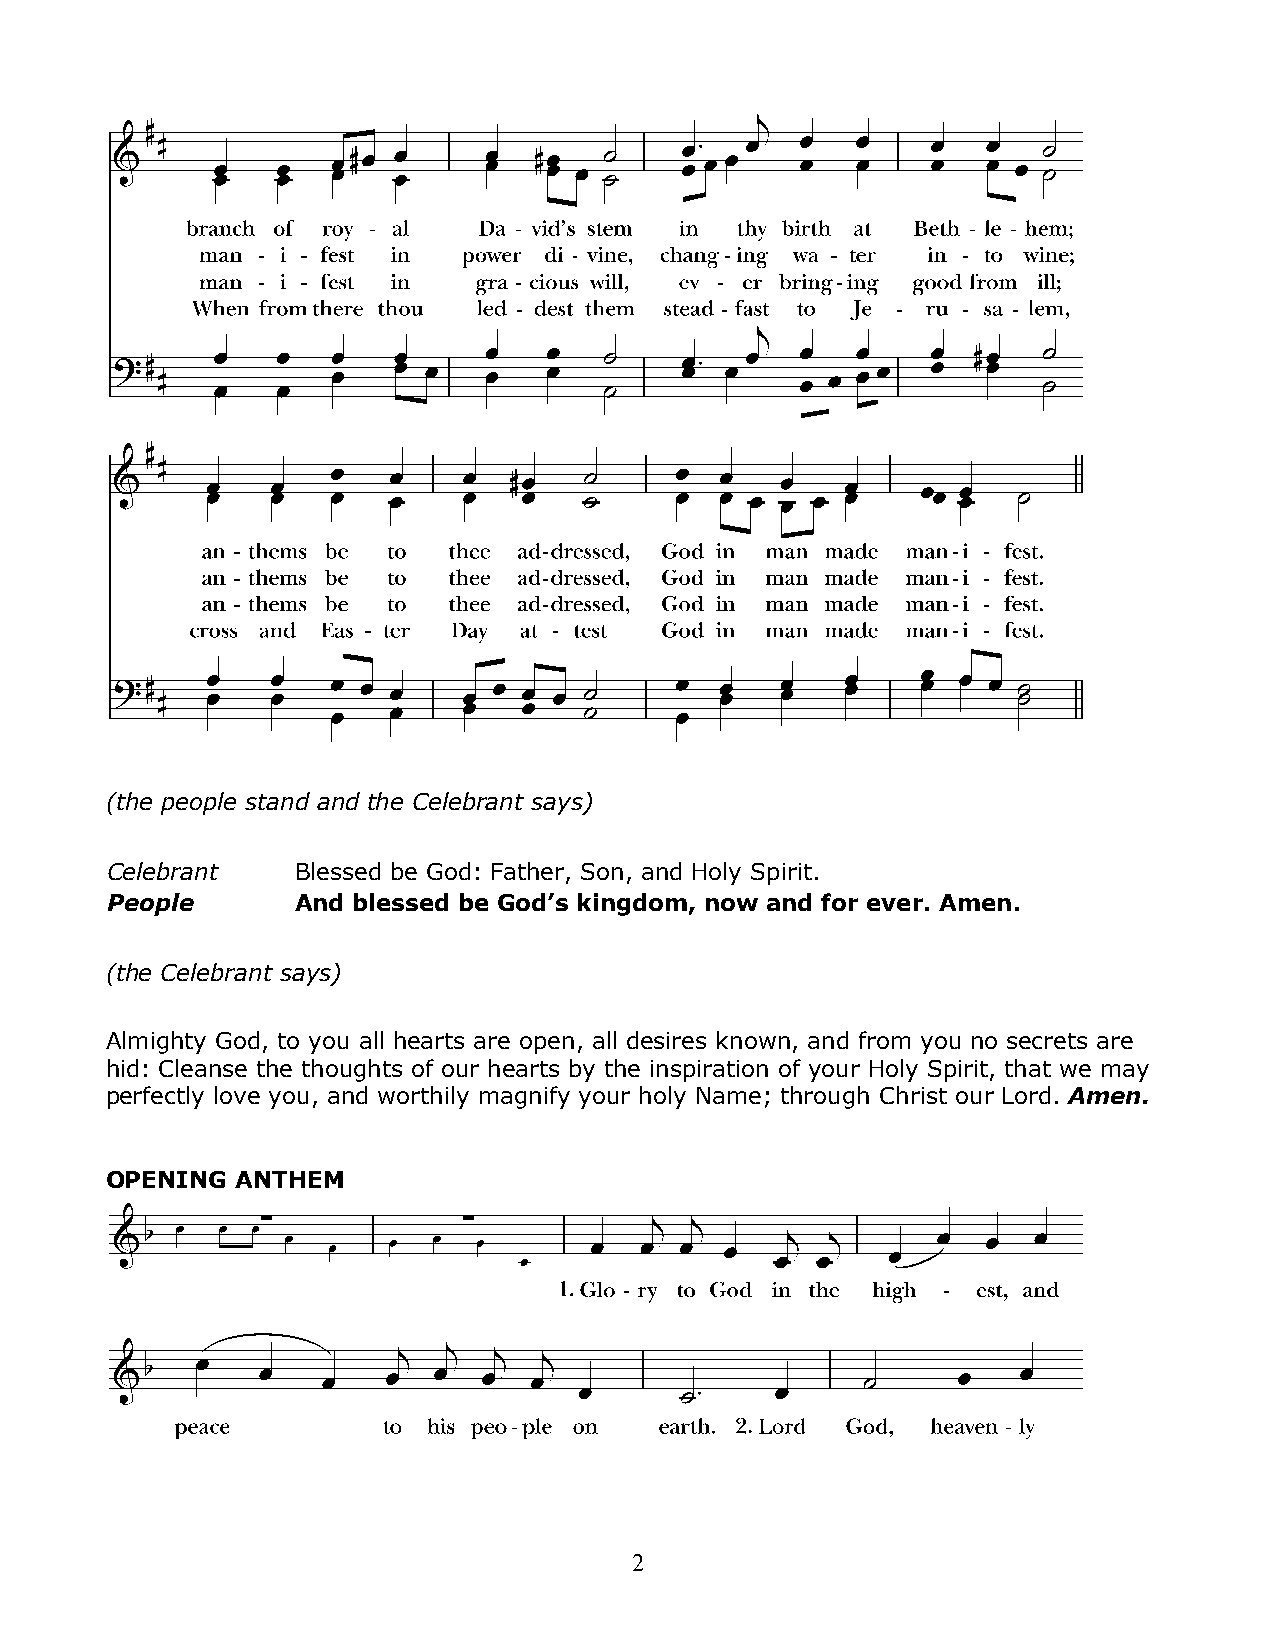
(the people stand and the Celebrant says)
 Celebrant   Blessed be God: Father, Son, and Holy Spirit.
 People      And blessed be God’s kingdom, now and for ever. Amen.
 (the Celebrant says)
 Almighty God, to you all hearts are open, all desires known, and from you no secrets are
 hid: Cleanse the thoughts of our hearts by the inspiration of your Holy Spirit, that we may
 perfectly love you, and worthily magnify your holy Name; through Christ our Lord. Amen.
 OPENING  ANTHEM
 2